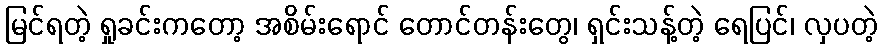
မြင်ရတဲ့ ရှုခင်းကတော့ အစိမ်းရောင် တောင်တန်းတွေ၊ ရှင်းသန့်တဲ့ ရေပြင်၊ လှပတဲ့